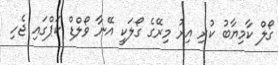
ގޯލް ކާމިޔާބު ކުރި އިރު މިރޭގެ ގޯލަކީ އޭނާ ވޯލްޑް ކަޕްގައި ޖެހި